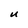
Character: U